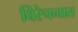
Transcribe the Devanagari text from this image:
विरेचनात